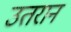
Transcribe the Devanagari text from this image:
उतरान